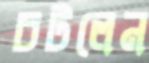
চটলেন